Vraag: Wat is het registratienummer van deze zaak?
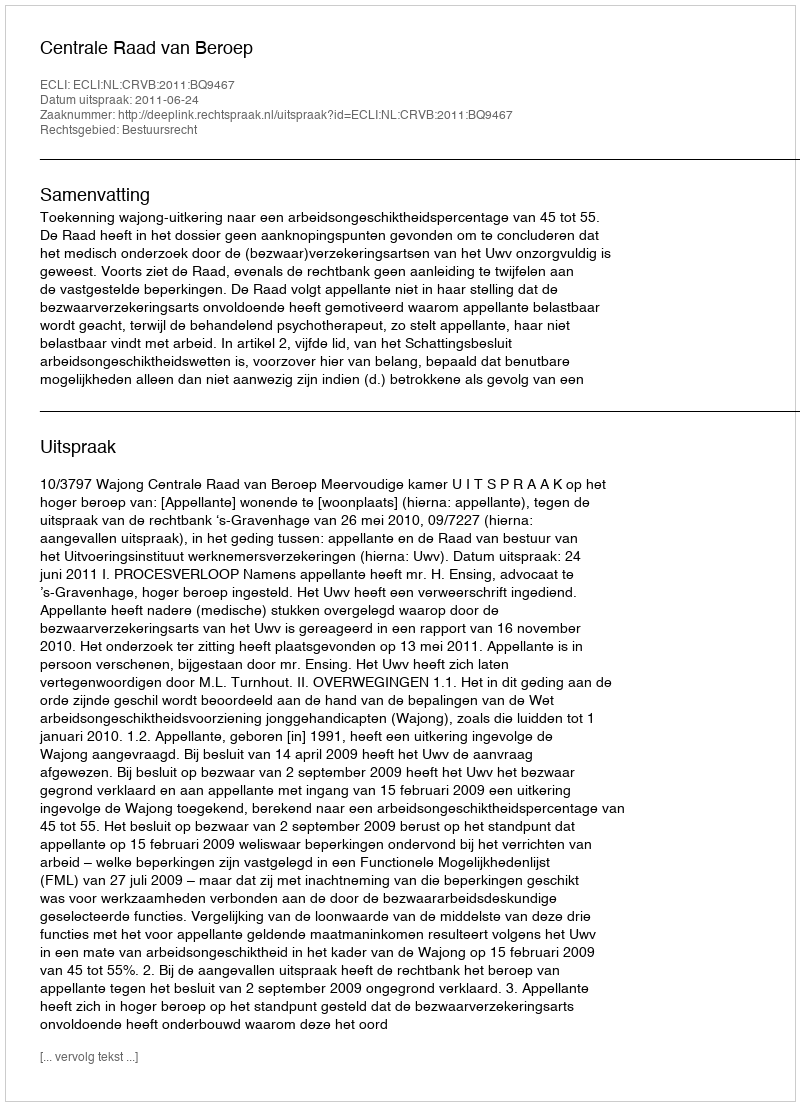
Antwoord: http://deeplink.rechtspraak.nl/uitspraak?id=ECLI:NL:CRVB:2011:BQ9467